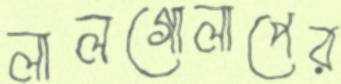
লালগোলাপের